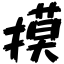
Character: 摸